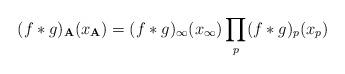
LaTeX: \begin{align*}(f\ast g)_{\bf A} (x_{\bf A}) = (f\ast g)_\infty (x_\infty)\prod_p (f\ast g)_p (x_p)\end{align*}